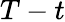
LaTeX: T-t